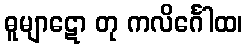
ဓူမျာဋော တု ကလိင်္ဂေါထ၊